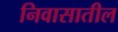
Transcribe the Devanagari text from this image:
निवासातील